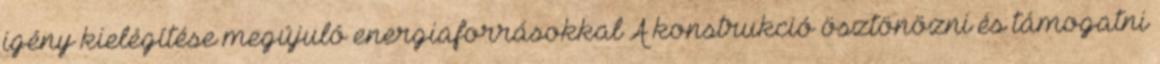
igény kielégítése megújuló energiaforrásokkal A konstrukció ösztönözni és támogatni